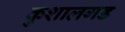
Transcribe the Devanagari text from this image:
कुशालगड